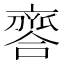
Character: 𠆗